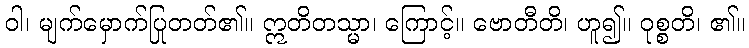
ဝါ၊ မျက်မှောက်ပြုတတ်၏။ ဣတိတသ္မာ၊ ကြောင့်။ ဗောတီတိ၊ ဟူ၍။ ဝုစ္စတိ၊ ၏။